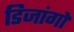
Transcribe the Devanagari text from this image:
डिजांगो